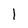
Character: 1